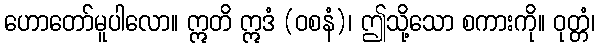
ဟောတော်မူပါလော။ ဣတိ ဣဒံ (ဝစနံ)၊ ဤသို့သော စကားကို။ ဝုတ္တံ၊